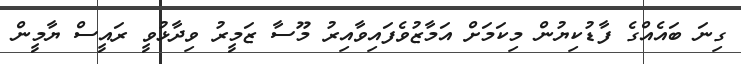
ގިނަ ބައެއްގެ ފާޑުކިޔުން މިކަމަށް އަމާޒުވެފަައިވާއިރު މޫސާ ޒަމީރު ވިދާޅުވީ ރައީސް ޔާމީން